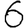
Digit: 6